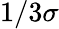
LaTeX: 1/3\sigma